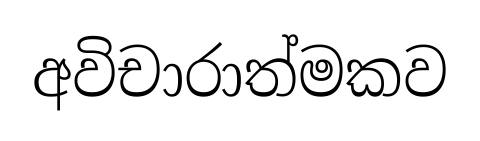
අවිචාරාත්මකව